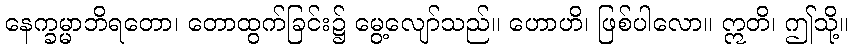
နေက္ခမ္မာဘိရတော၊ တောထွက်ခြင်း၌ မွေ့လျော်သည်။ ဟောဟိ၊ ဖြစ်ပါလော။ ဣတိ၊ ဤသို့။